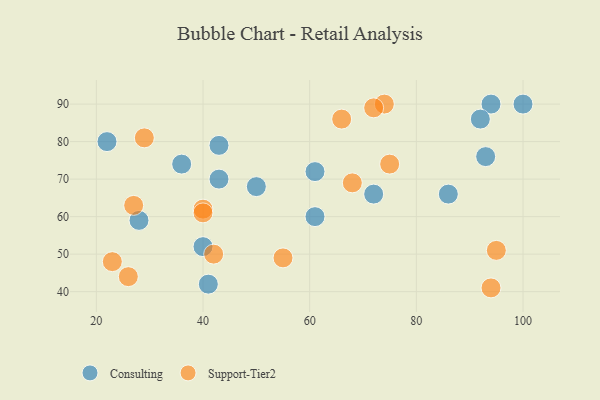
{"axis": {"x": "GDP", "y": "Life Expectancy"}, "legend": ["Consulting", "Support-Tier2"], "data": [{"x": "61", "y": 72, "type": "Consulting"}, {"x": "94", "y": 90, "type": "Consulting"}, {"x": "22", "y": 80, "type": "Consulting"}, {"x": "40", "y": 52, "type": "Consulting"}, {"x": "41", "y": 42, "type": "Consulting"}, {"x": "100", "y": 90, "type": "Consulting"}, {"x": "43", "y": 79, "type": "Consulting"}, {"x": "93", "y": 76, "type": "Consulting"}, {"x": "61", "y": 60, "type": "Consulting"}, {"x": "50", "y": 68, "type": "Consulting"}, {"x": "43", "y": 70, "type": "Consulting"}, {"x": "36", "y": 74, "type": "Consulting"}, {"x": "72", "y": 66, "type": "Consulting"}, {"x": "92", "y": 86, "type": "Consulting"}, {"x": "28", "y": 59, "type": "Consulting"}, {"x": "86", "y": 66, "type": "Consulting"}, {"x": "29", "y": 81, "type": "Support-Tier2"}, {"x": "26", "y": 44, "type": "Support-Tier2"}, {"x": "66", "y": 86, "type": "Support-Tier2"}, {"x": "23", "y": 48, "type": "Support-Tier2"}, {"x": "27", "y": 63, "type": "Support-Tier2"}, {"x": "75", "y": 74, "type": "Support-Tier2"}, {"x": "95", "y": 51, "type": "Support-Tier2"}, {"x": "94", "y": 41, "type": "Support-Tier2"}, {"x": "74", "y": 90, "type": "Support-Tier2"}, {"x": "42", "y": 50, "type": "Support-Tier2"}, {"x": "68", "y": 69, "type": "Support-Tier2"}, {"x": "40", "y": 62, "type": "Support-Tier2"}, {"x": "40", "y": 61, "type": "Support-Tier2"}, {"x": "72", "y": 89, "type": "Support-Tier2"}, {"x": "55", "y": 49, "type": "Support-Tier2"}]}